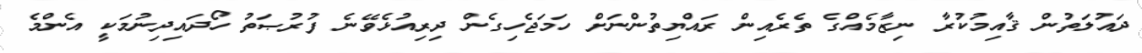
ދައުލަތުން ޤާއިމުކުރާ ނިޒާމެއްގެ ތެރެއިން ރައްޔިތުންނަށް ހަމަޖެހިގެން ދިރިއުޅެވޭނެ ފުރުޞަތު ހޯދައިދިނުމަކީ އެންމެ